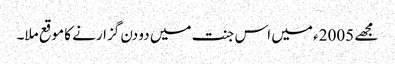
مجھے 2005ء میں اس جنت میں دو دن گزارنے کا موقع ملا۔